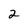
Character: 2